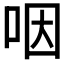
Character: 咽